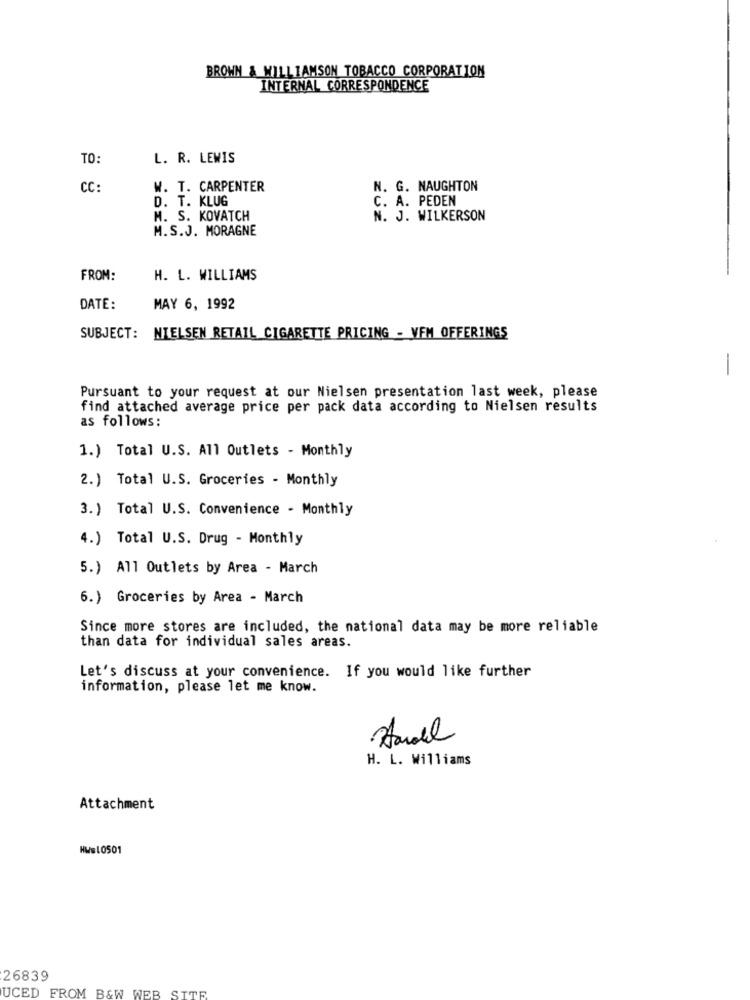
BROWN & WILLIAMSON TOBACCO CORPORATION
INTERNAL CORRESPONDENCE
TO:
L. R. LEWIS
CC:
W. T. CARPENTER
N. G. NAUGHTON
D. T. KLUG
C. A. PEDEN
M. S. KOVATCH
N. J. WILKERSON
M.S.J. MORAGNE
FROM:
H. L. WILLIAMS
DATE:
MAY 6, 1992
SUBJECT: NIELSEN RETAIL CIGARETTE PRICING - VEM OFFERINGS
-
Pursuant to your request at our Nielsen presentation last week, please
find attached average price per pack data according to Nielsen results
as follows:
1.) Total U.S. All Outlets - Monthly
2.) Total U.S. Groceries - Monthly
3. ) Total U.S. Convenience - Monthly
4.) Total U.S. Drug - Monthly
5.) All Outlets by Area - March
6.) Groceries by Area - March
Since more stores are included, the national data may be more reliable
than data for individual sales areas.
Let's discuss at your convenience. If you would like further
information, please let me know.
H. L. Williams
Attachment
Hws10501
26839
UCED FROM B&W WEB SITE